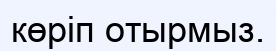
көріп отырмыз.